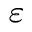
^ \varepsilon